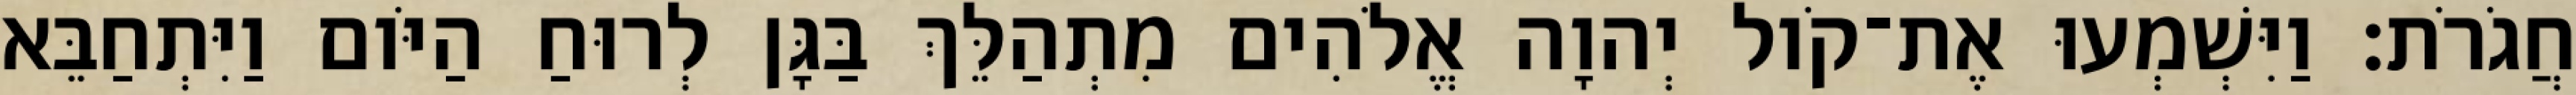
חֲגֹרֹת׃ וַיִּשְׁמְעוּ אֶת־קֹול יְהוָה אֱלֹהִים מִתְהַלֵּךְ בַּגָּן לְרוּחַ הַיֹּום וַיִּתְחַבֵּא